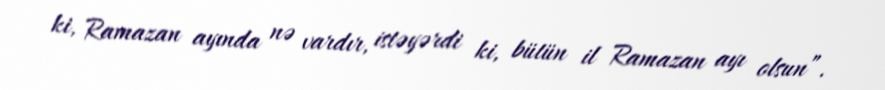
ki, Ramazan ayında nə vardır, istəyərdi ki, bütün il Ramazan ayı olsun”.